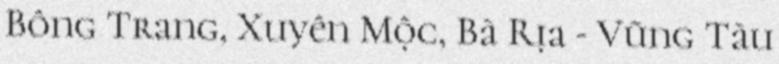
Bông Trang, Xuyên Mộc, Bà Rịa - Vũng Tàu